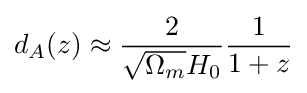
d_{A}(z)\approx {\frac {2}{{\sqrt {\Omega _{m}}}H_{0}}}{\frac {1}{1+z}}